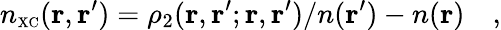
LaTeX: n_{\scriptscriptstyle\mathrm{XC}}({\mathbf r},{\mathbf r}^{\prime})=\rho_{2}({\mathbf r},{\mathbf r}^{\prime};{\mathbf r},{\mathbf r}^{\prime})/n({\mathbf r}^{\prime})-n({\mathbf r})\quad,